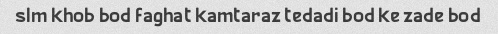
slm khob bod faghat kamtaraz tedadi bod ke zade bod